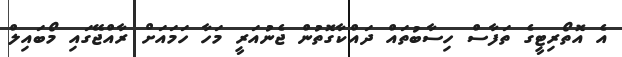
އެ އޮތޯރިޓީގެ ތަފާސް ހިސާބުތައް ދައްކާގޮތުން ޖެނުއަރީ މަހާ ހަމައަށް ރާއްޖޭގައި މޯބައިލް